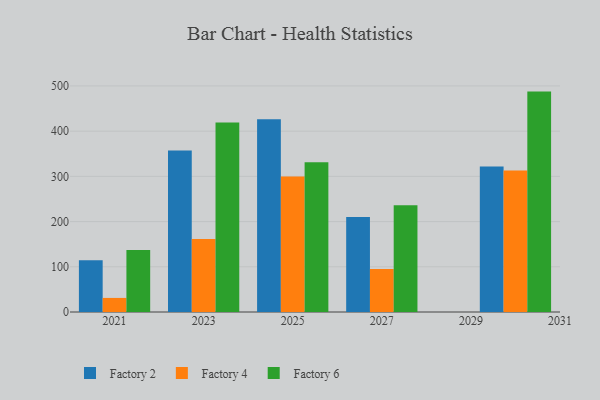
{"axis": {"x": "Year", "y": "Inventory Turnover"}, "legend": ["Factory 2", "Factory 4", "Factory 6"], "data": [{"x": "2021", "y": 114.3, "type": "Factory 2"}, {"x": "2021", "y": 31.1, "type": "Factory 4"}, {"x": "2021", "y": 137.3, "type": "Factory 6"}, {"x": "2025", "y": 426.1, "type": "Factory 2"}, {"x": "2025", "y": 299.7, "type": "Factory 4"}, {"x": "2025", "y": 331.1, "type": "Factory 6"}, {"x": "2030", "y": 322.0, "type": "Factory 2"}, {"x": "2030", "y": 313.1, "type": "Factory 4"}, {"x": "2030", "y": 487.5, "type": "Factory 6"}, {"x": "2027", "y": 210.4, "type": "Factory 2"}, {"x": "2027", "y": 94.9, "type": "Factory 4"}, {"x": "2027", "y": 236.1, "type": "Factory 6"}, {"x": "2023", "y": 357.0, "type": "Factory 2"}, {"x": "2023", "y": 161.5, "type": "Factory 4"}, {"x": "2023", "y": 419.3, "type": "Factory 6"}]}